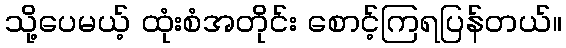
သို့ပေမယ့် ထုံးစံအတိုင်း စောင့်ကြရပြန်တယ်။